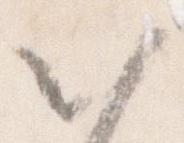
以